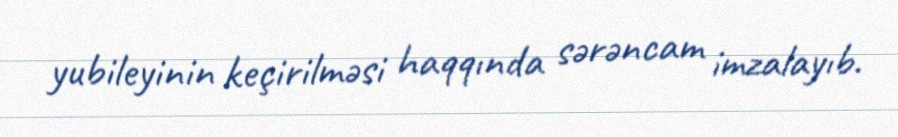
yubileyinin keçirilməsi haqqında sərəncam imzalayıb.